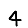
Digit: 4